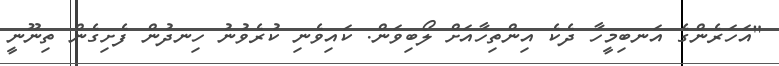
"އަހަރެންގެ އަނބިމީހާ ދެކެ އިންތިހާއަށް ލޯބިވަން. ކައިވެނި ކުރެވުނު ހިނދުން ފެށިގެން ތިނޫނީ